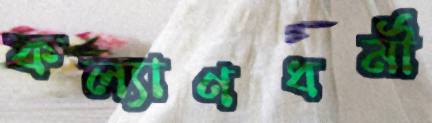
কল্যাণধর্মী